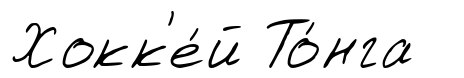
Хокк'е́й То́нга